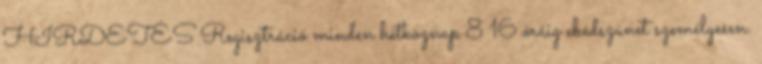
HIRDETÉS Regisztráció minden hétköznap 8 16 óráig ebédszünet személyesen.